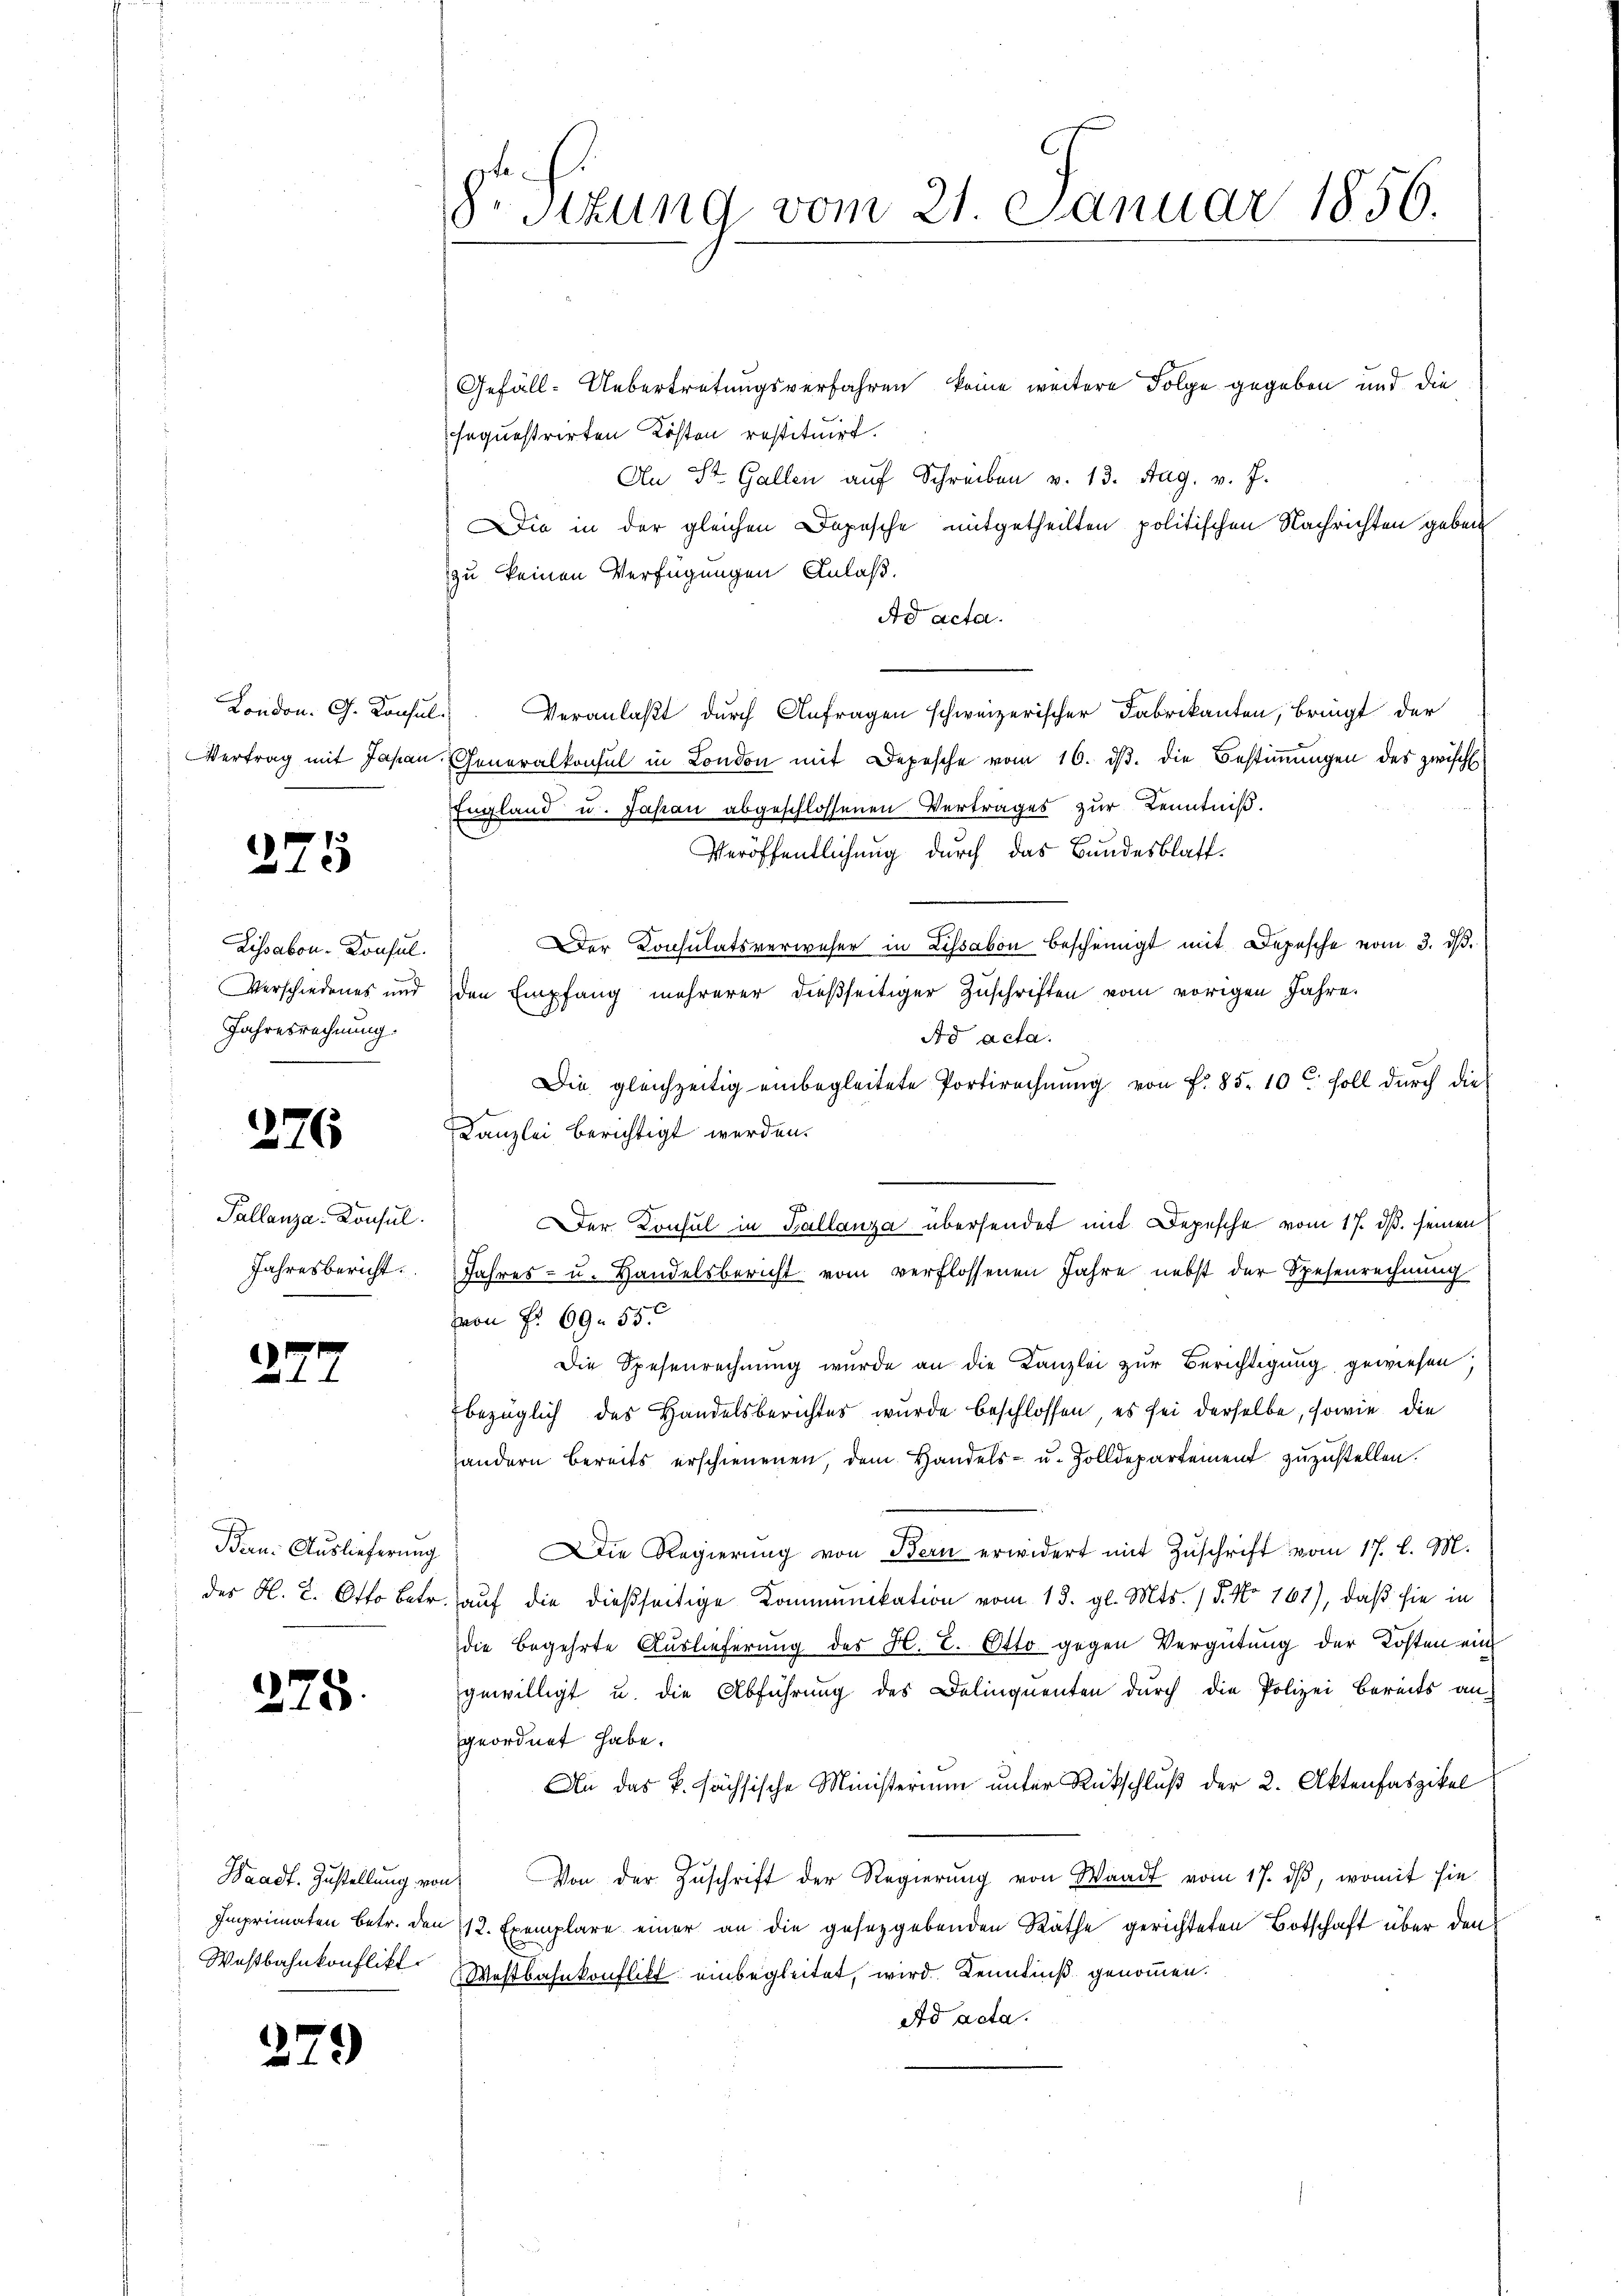
London. G. Konsul-

275

Lissabon-Consul
Verschiedenes und
Jahresrechnung.

276

Pallenza-Konsul
Jahresbericht.

27.

Bau: Auslieferung

275.

Westbahnkonflikt

27

3)

8r Sizung vom 21. Januar 1856.

Gefäll-Uebertretungsverfahren keine weitere Folge gegeben und die
sequestrirten Kosten restituirt.
An St. Gallen auf Schreiben v. 13. Aug. v. J.
Die in der gleichen Depesche mitgetheilten politischen Nachrichten geben
zu keinen Verfügungen Anlaß.
Ad acta.
Veranlaßt durch Anfragen schweizerischer Fabrikanten, bringt der
Vertrag mit Japan Generalkonsul in London mit Depesche vom 16. dβ. die Bestiṁŭngen des zwische
England u. Japan abgeschlossenen Vertrages zur Kenntniß.
Veröffentlichung durch das Bundesblatt.
Der Consulatsverweser in Lissabon bescheinigt mit Depesche vom 3. dβ.
den Empfang mehrerer dießseitiger Zuschriften vom vorigen Jahre
Ad acta.
Die gleichzeitig einbegleitete Portirechnung von f. 85. 10 t Soll durch die
Kanzlei berichtigt werden.
er Konsul in Gallanza übersendet mit Depesche vom 17. ds. seinen
Jahres- u. Handelsbericht vom verflossenen Jahre nebst der Spesenrechnung
von § 69. 55.
Die Spesenrechnung wurde an die Kanzlei zur Berichtigung gewiesen;
bezüglich des Handelsberichtes wurde beschlossen, es sei derselbe, sowie die
handern bereits erschienenen, dem Handels- u. Zolldepartement zuzustellen.
Die Regierŭng von Bern erwidert mit Zŭschrift vom 17. l. M.
des H. L. Otto betr. auf die dießseitige Kommunikation vom 13. gl. Mts. 15. No 761), daß sie in
die begehrte Auslieferung des H. E. Otto gegen Vergütung der Kosten ein
gewilligt u. die Abführung des Delinquenten dŭrch die Polizei bereits an-
geordnet habe.
An das k. hächsische Ministerium unter Rückschluß der 2. Aktenfaszikel
Waadt Zŭstellŭng von Von der Zŭschrift der Regierŭng von Waadt vom 17. dβ, womit sie
Imprimaten betr. den 12. Exemplare einer an die gesetzgebenden Räthe gerichteten Botschaft über den
Westbahnkonflikt einbegleitet, wird Kenntniß genommen.
Ad acta.